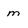
Character: M